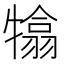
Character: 𤛣